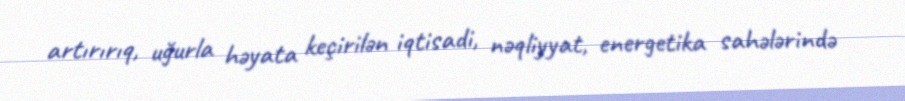
artırırıq, uğurla həyata keçirilən iqtisadi, nəqliyyat, energetika sahələrində